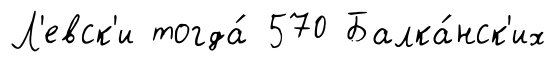
Л'евск'и тогда́ 570 Балка́нск'их